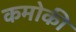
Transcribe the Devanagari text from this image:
कमोकी